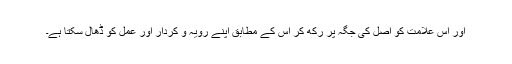
اور اس علامت کو اصل کی جگہ پر رکھ کر اس کے مطابق اپنے رویہ و کردار اور عمل کو ڈھال سکتا ہے۔